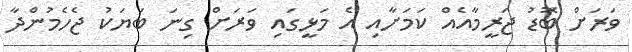
ވަރަށް ބޮޑު ޖަރީމާއެއް ކަމަށާއި އެ މަޅީގައި ވަރަށް ގިނަ ބަޔަކު ޖެހެމުންދާ